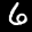
Label: 6